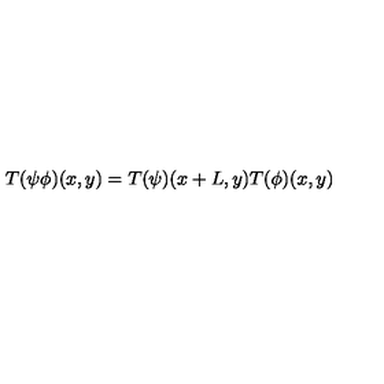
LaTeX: T ( \psi \phi ) ( x , y ) = T ( \psi ) ( x + L , y ) T ( \phi ) ( x , y )